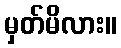
မှတ်မိလား။